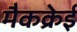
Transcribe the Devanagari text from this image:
मैकक्रेई